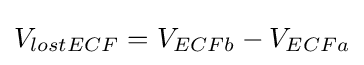
V_{lostECF}=V_{ECFb}-V_{ECFa}